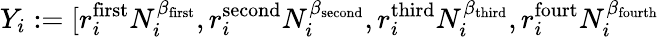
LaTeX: Y_{i}:=[r_{i}^{\mathrm{first}}N_{i}^{\beta_{\mathrm{first}}},r_{i}^{\mathrm{second}}N_{i}^{\beta_{\mathrm{second}}},r_{i}^{\mathrm{third}}N_{i}^{\beta_{\mathrm{third}}},r_{i}^{\mathrm{fourt}}N_{i}^{\beta_{\mathrm{fourth}}}